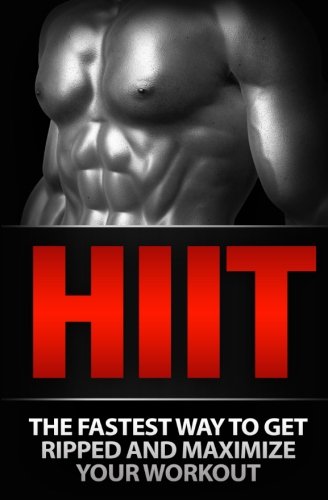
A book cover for HIIT: The Fastest Way to Get Ripped and Maximize Your Workout (HIIT Training) (Volume 1); Devon Samson; Health, Fitness & Dieting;